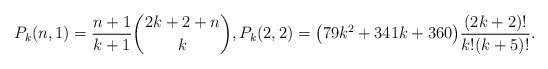
\begin{gather*}P_{k}(n,1)={n+1 \over k+1} {2k+2+n \choose k} ,P_{k}(2,2)= \big(79k^2+341k+360\big){(2k+2) ! \over k! (k+5)! }.\end{gather*}